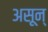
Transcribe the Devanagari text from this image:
असून्